Malarial fevers
Disease focus: Malaria
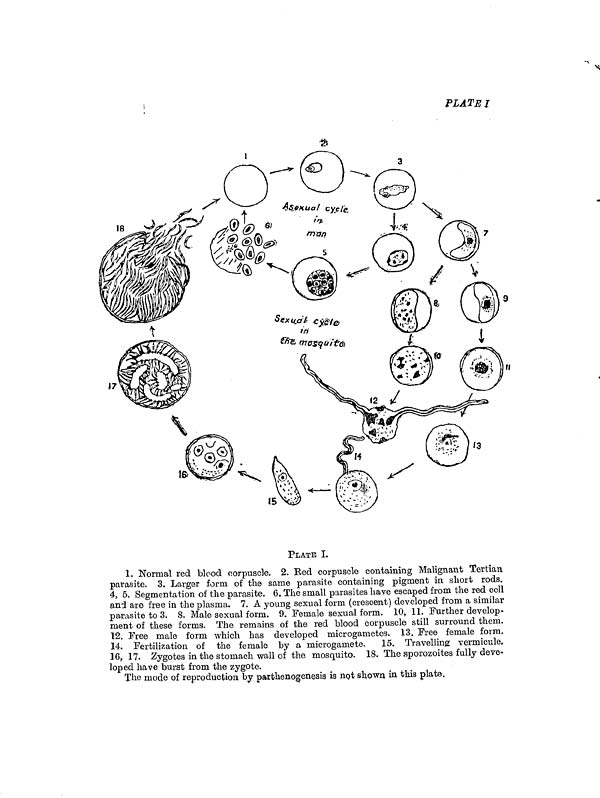
PLATE I
PLATE I.
1. Normal red blood corpuscle. 2. Bed corpuscle containing Malignant Tertian
parasite. 3. Larger form of the same parasite containing pigment in short rods.
4, 5, Segmentation of the parasite. 6. The small parasites have escaped from the red cell
and are free in the plasma. 7. A young sexual form (crescent) developed from a similar
parasite to 3. 8. Male sexual form. 9. Female sexual form. 10, 11. .Further develop-
ment of these forms. The remains of the red blood corpuscle still surround them.
12. Free male form which has developed microgametes. 13. Free female form.
14. Fertilization of the female by a microgamete. 15. Travelling vermicule.
16, 17. Zygotes in the stomach wall of the mosquito. 18. The sporozoites fully deve-
loped have burst from the zygote.
The mode of reproduction by parthenogenesis is not shown in this plate.